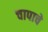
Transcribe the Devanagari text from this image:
चापाचे